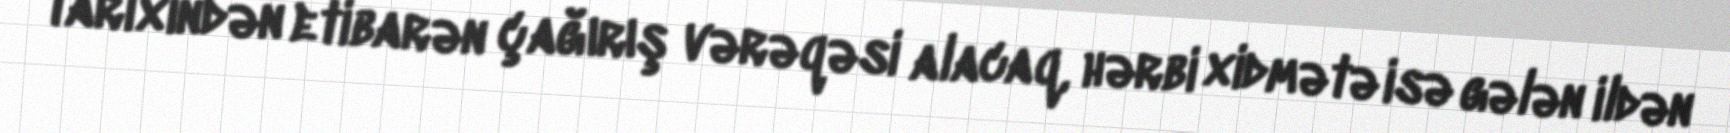
tarixindən etibarən çağırış vərəqəsi alacaq, hərbi xidmətə isə gələn ildən